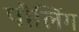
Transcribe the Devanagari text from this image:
पौलिंग